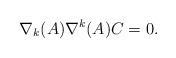
LaTeX: \begin{align*}\nabla_{k}(A)\nabla^{k}(A) C = 0.\end{align*}